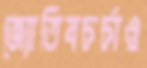
জ্যোতিষচর্চাও